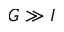
G \gg I